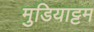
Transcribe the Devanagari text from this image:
मुडियाट्टम